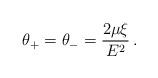
LaTeX: \begin{align*}\:\theta _{+} = \theta _{-} = \frac{2\mu \xi }{E^{2}} \,.\:\end{align*}